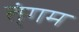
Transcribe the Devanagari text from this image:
त्ंगम